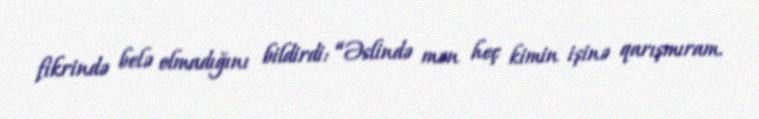
fikrində belə olmadığını bildirdi: “Əslində mən heç kimin işinə qarışmıram.